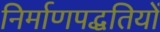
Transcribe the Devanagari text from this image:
निर्माणपद्धतियों